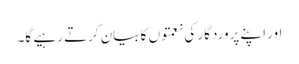
اور اپنے پروردگار کی نعمتوں کا بیان کرتے رہیے گا۔